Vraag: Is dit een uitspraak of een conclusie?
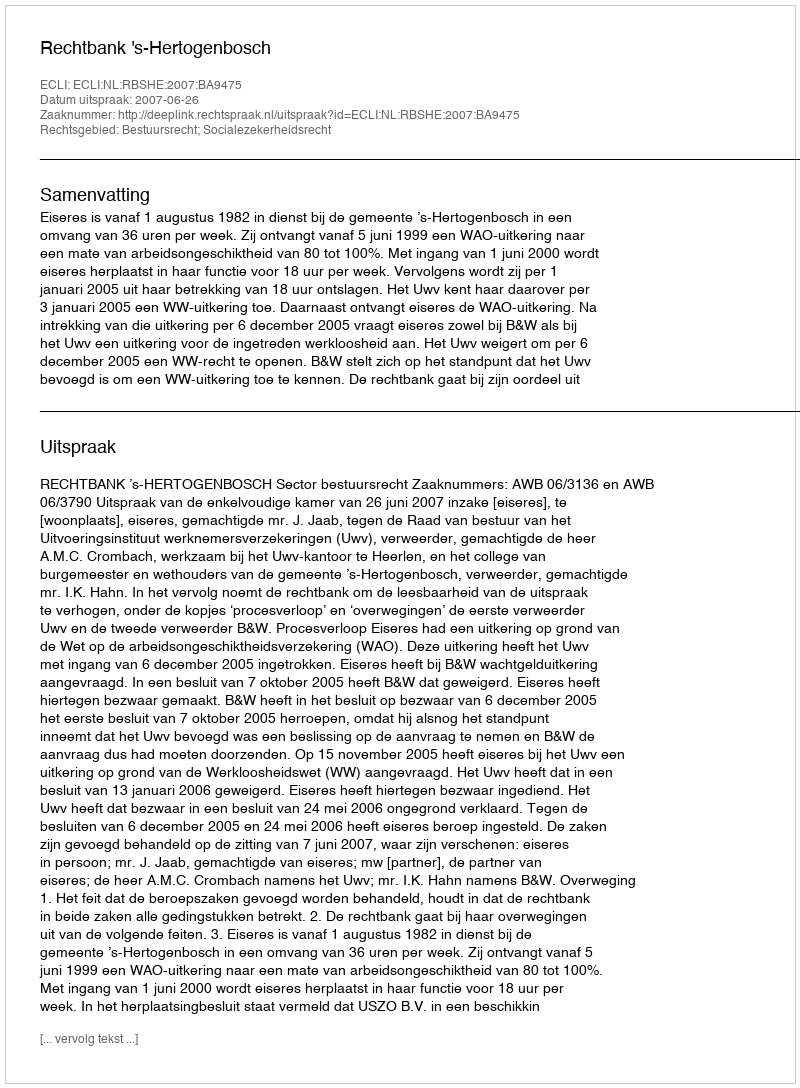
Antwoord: Uitspraak